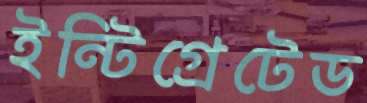
ইন্টিগ্রেটেড